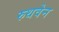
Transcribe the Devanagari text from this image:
रुथवेन